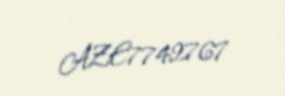
AZE7742767